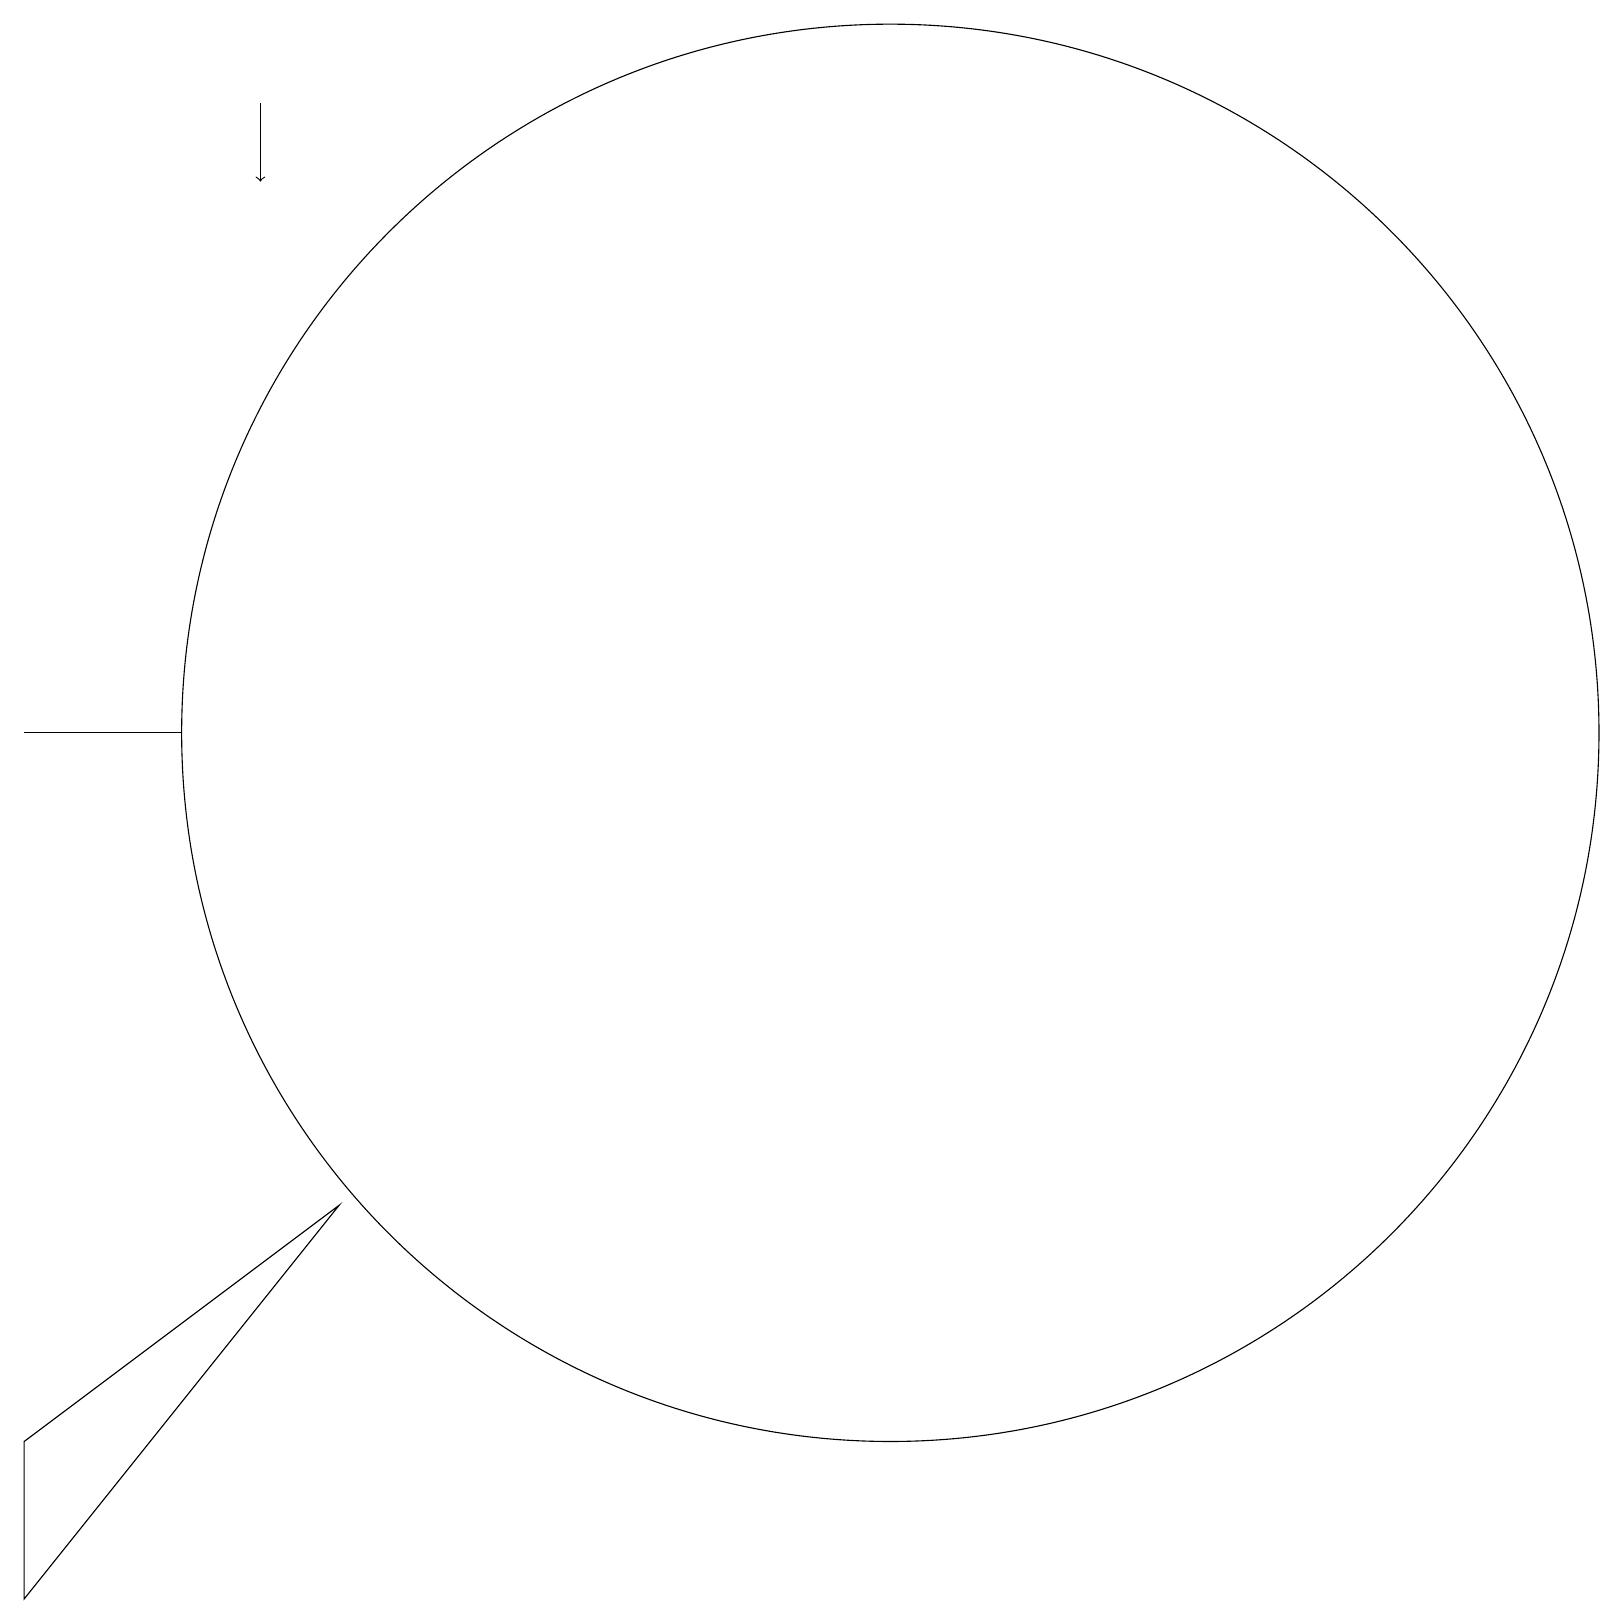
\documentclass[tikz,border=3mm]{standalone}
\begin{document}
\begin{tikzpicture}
\draw (2,11) rectangle (0,11);
\draw (11,11) circle (9);
\draw (4,5) -- (0,2) -- (0,0) -- cycle;
\draw[->] (3,19) -- (3,18);
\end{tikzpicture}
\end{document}